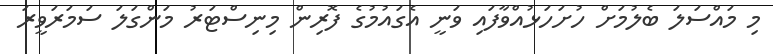
މި މައްސަލަ ބެލުމަށް ހުށަހަޅުއްވާފައި ވަނީ އެގައުމުގެ ފޮރިން މިނިސްޓަރު މަންގަލަ ސަމަރަވީރަ